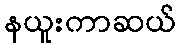
နယူးကာဆယ်